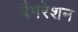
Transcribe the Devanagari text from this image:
बैगरेशन